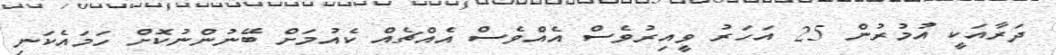
ދަރާއަކީ އުމުރުން 25 އަހަރު ވީއިރުވެސް އެއްވެސް އެއްޗެއް ކެއުމަށް ބޭނުންނުކޮށް ހަމައެކަނި